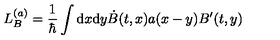
L _ { B } ^ { ( a ) } = \frac 1 { \hbar } \int \mathrm { d } x \mathrm { d } y \dot { B } ( t , x ) a ( x - y ) B ^ { \prime } ( t , y )